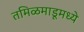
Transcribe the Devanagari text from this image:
तमिळमाडूमध्ये